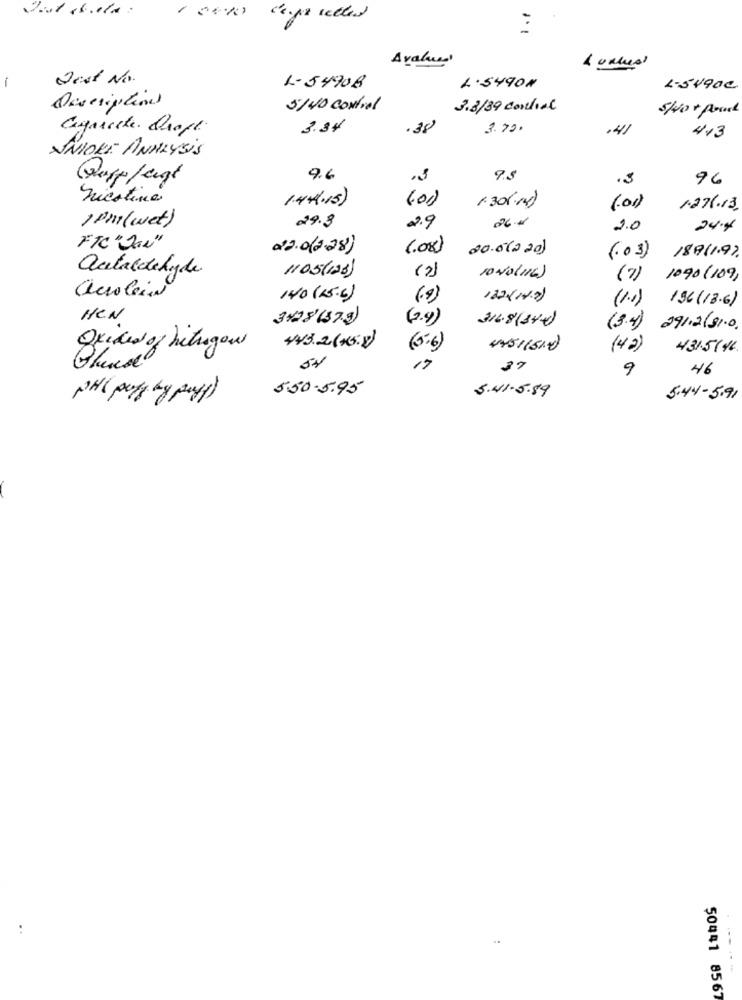
A value'
-
Jest No.
L-54908
L.5490#
1.5490€
Description
5/40 Control
3.3/39 Cordial
swot Road
.30
Cynische Croft
3.34
3.70.
.41
413
VNIORE ANALYSIS
9.6
9.5
13
96
nicotine
1.30(-1)
(01)
1.276.13,
1 PM (wet)
26.10
29.3
2.9
2.0
24.46
FTC"Ja""
22.0(2.28)
(.08)
20.0(220)
(.03)
189/1.9).
autaldehyde
1105(128)
(2)
10NO(16)
(7) 1090 (109)
acroleia
140 (15.6)
(9)
122(14.7)
(1.1)
196(18.6)
HEN
3+28 (379)
(2.4)
316.8(34)
(3.4) 291.2/81.0.
Oxided of betragen
443.2(+5.8)
(5.6)
451151)
(4 2)
431.5146.
54
9
46
5.50.5.95
PH( poly by puff)
5.41.5.89
5.44- 5.91
50441 8567